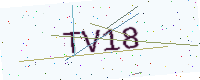
Text: TV18